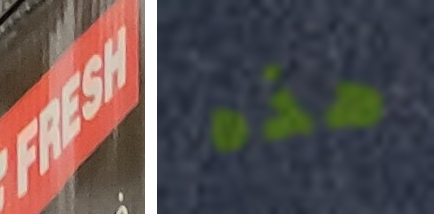
FRESH هذه